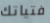
فتياتك